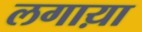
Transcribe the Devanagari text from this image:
लगाय़ा